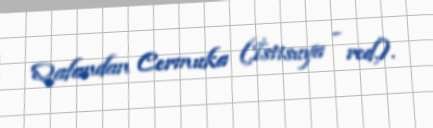
Qafandan Cermuka (İstisuya - red.).